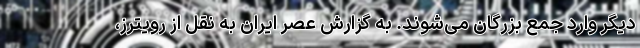
دیگر وارد جمع بزرگان می‌شوند. به گزارش عصر ایران به نقل از رویترز،